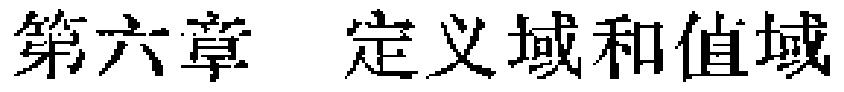
第六章 定义域和值域